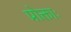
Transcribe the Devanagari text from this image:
प्रोक्ताः